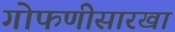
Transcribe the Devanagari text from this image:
गोफणीसारखा